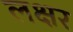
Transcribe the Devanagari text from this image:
लक्षर